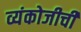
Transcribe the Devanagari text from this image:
व्यंकोजीची